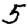
Digit: 5